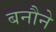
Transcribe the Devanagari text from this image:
बनौने